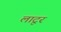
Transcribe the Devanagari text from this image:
लाटूर